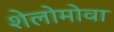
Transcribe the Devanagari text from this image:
शेलोमोवा